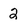
Character: 2